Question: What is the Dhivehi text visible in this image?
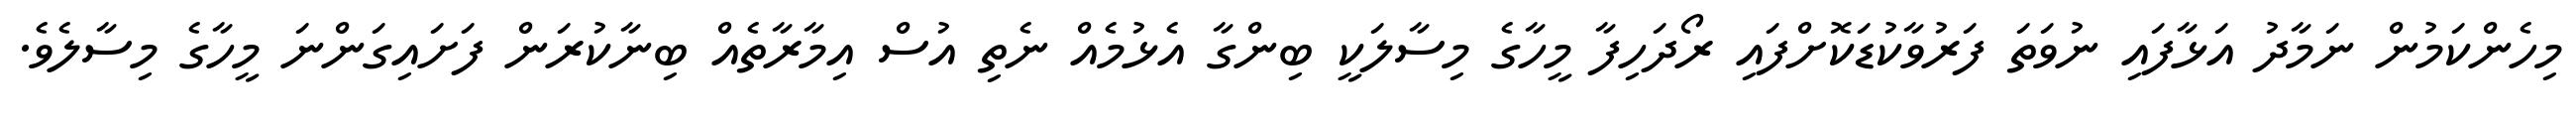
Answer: މިހެންކަމުން ނަމާދު އަޅާފައި ނުވަތަ ފަރުވާކުޑަކޮށްފައި ރޯދަހިފާ މީހާގެ މިސާލަކީ ބިންގާ އެޅުމެއް ނެތި އުސް އިމާރާތެއް ބިނާކުރަން ފަށައިގަންނަ މީހާގެ މިސާލެވެ.